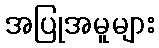
အပြုအမူများ